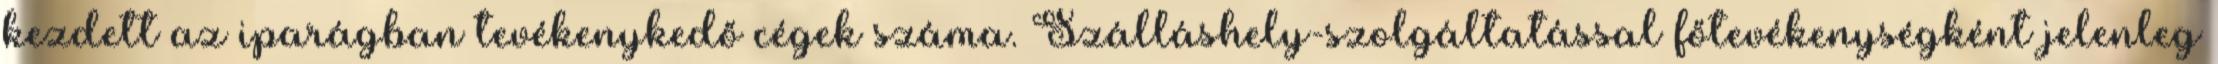
kezdett az iparágban tevékenykedő cégek száma. Szálláshely-szolgáltatással főtevékenységként jelenleg